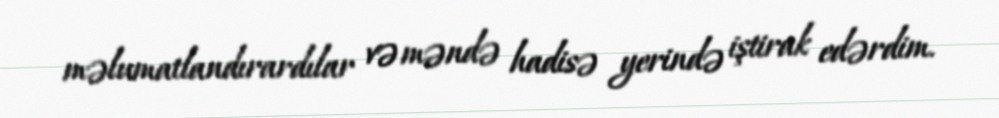
məlumatlandırardılar və məndə hadisə yerində iştirak edərdim.